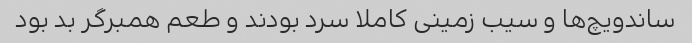
ساندویچ‌ها و سیب زمینی کاملا سرد بودند و طعم همبرگر بد بود